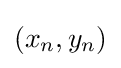
(x_{n},y_{n})